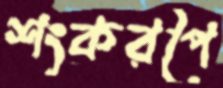
শংকরপৈ